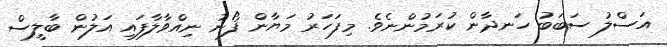
އަސްލު ސަބަބު ހަނދާން ކުރަމުންނެވެ. މިފަހަރު މަޔާން ފޯނު ނިއްވާލާފައި އަލުން ބާލީސް